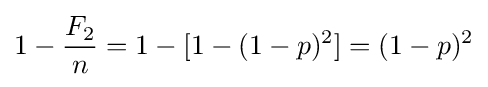
1-{\frac {F_{2}}{n}}=1-[1-(1-p)^{2}]=(1-p)^{2}